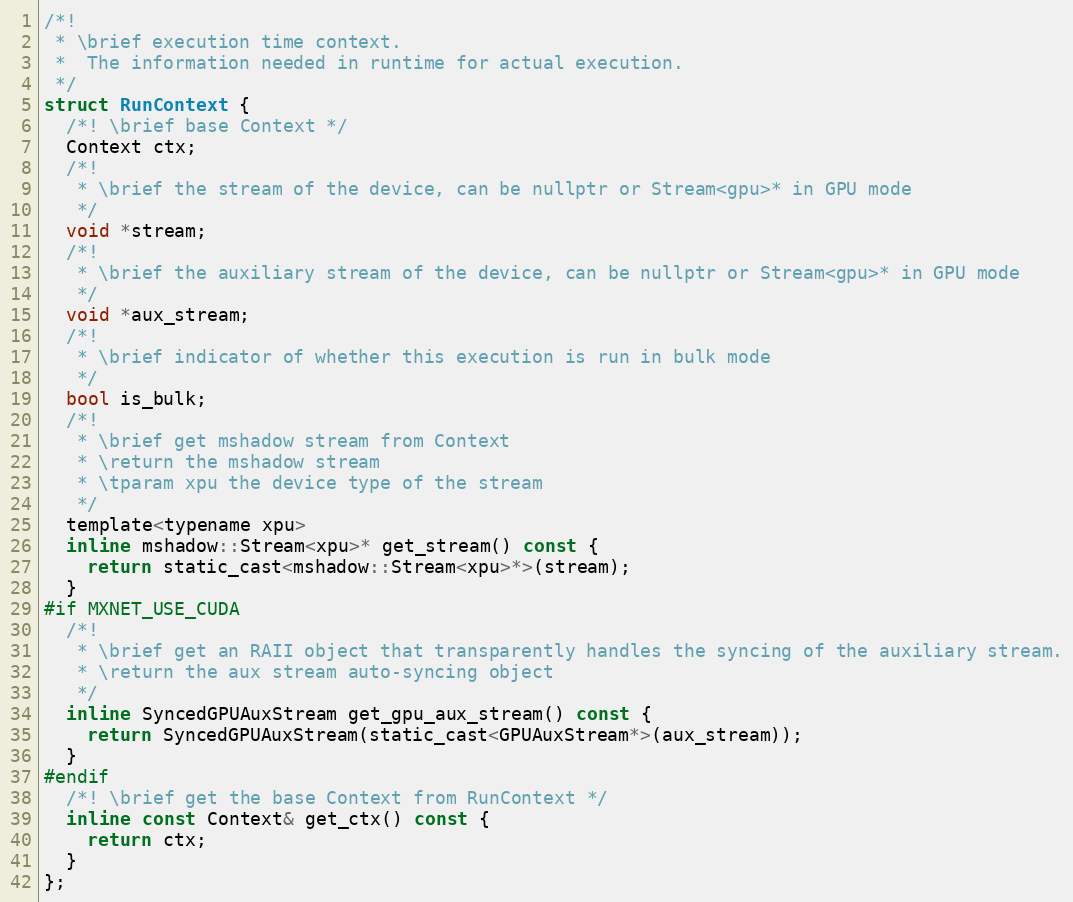
Language: C
/*!
 * \brief execution time context.
 *  The information needed in runtime for actual execution.
 */
struct RunContext {
  /*! \brief base Context */
  Context ctx;
  /*!
   * \brief the stream of the device, can be nullptr or Stream<gpu>* in GPU mode
   */
  void *stream;
  /*!
   * \brief the auxiliary stream of the device, can be nullptr or Stream<gpu>* in GPU mode
   */
  void *aux_stream;
  /*!
   * \brief indicator of whether this execution is run in bulk mode
   */
  bool is_bulk;
  /*!
   * \brief get mshadow stream from Context
   * \return the mshadow stream
   * \tparam xpu the device type of the stream
   */
  template<typename xpu>
  inline mshadow::Stream<xpu>* get_stream() const {
    return static_cast<mshadow::Stream<xpu>*>(stream);
  }
#if MXNET_USE_CUDA
  /*!
   * \brief get an RAII object that transparently handles the syncing of the auxiliary stream.
   * \return the aux stream auto-syncing object
   */
  inline SyncedGPUAuxStream get_gpu_aux_stream() const {
    return SyncedGPUAuxStream(static_cast<GPUAuxStream*>(aux_stream));
  }
#endif
  /*! \brief get the base Context from RunContext */
  inline const Context& get_ctx() const {
    return ctx;
  }
};